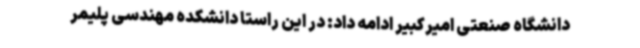
دانشگاه صنعتی امیرکبیر ادامه داد: در این راستا دانشکده مهندسی پلیمر